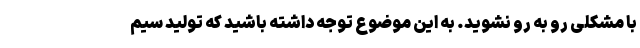
با مشکلی رو به رو نشوید. به این موضوع توجه داشته باشید که تولید سیم